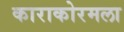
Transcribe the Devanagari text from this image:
काराकोरमला